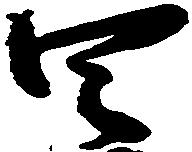
四